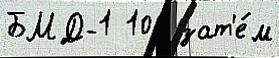
БМД-1 10  зат'е́м